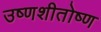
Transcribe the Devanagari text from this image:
उष्णशीतोष्ण